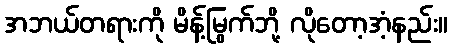
အဘယ်တရားကို မိန့်မြွက်ဘို့ လိုတော့အံ့နည်း။